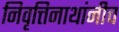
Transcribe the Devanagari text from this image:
निवृत्तिनाथांनीच